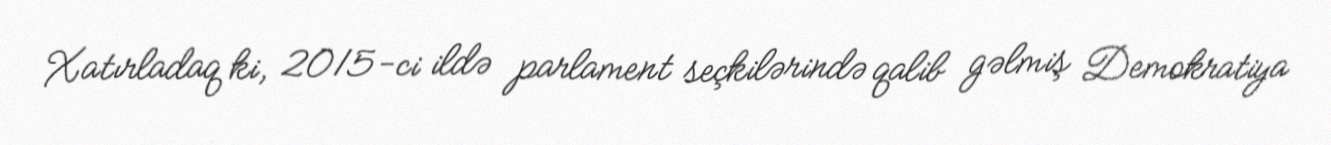
Xatırladaq ki, 2015-ci ildə parlament seçkilərində qalib gəlmiş Demokratiya